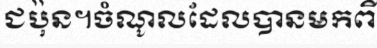
ជប៉ុន។ចំណូលដែលបានមកពី